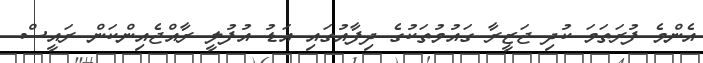
އެންމެ ފުރަތަމަ ކުދި ޖަޒީރާ ގައުމުތަކުގެ ދިފާއުގައި އަޑު އުފުލީ ރާއްޖެއިންކަން ރައީސް